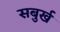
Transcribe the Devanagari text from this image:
सबुर्ख